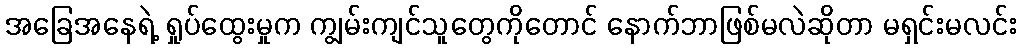
အခြေအနေရဲ့ ရှုပ်ထွေးမှုက ကျွမ်းကျင်သူတွေကိုတောင် နောက်ဘာဖြစ်မလဲဆိုတာ မရှင်းမလင်း